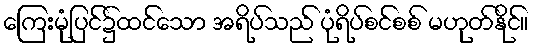
ကြေးမုံပြင်၌ထင်သော အရိပ်သည် ပုံရိပ်စင်စစ် မဟုတ်နိုင်။